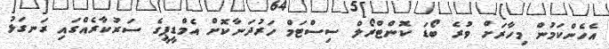
އެހެންކަމުން މިހާރަށް ވުރެ ބޯޑަ ކޮންޓްރޯލް ސިސްޓަމް ހަރުދަނާކޮށް އެމްޑީޕީގެ ސަރުކާރެއްގައި ރަނގަޅު